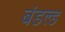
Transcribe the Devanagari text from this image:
बंडल्ड